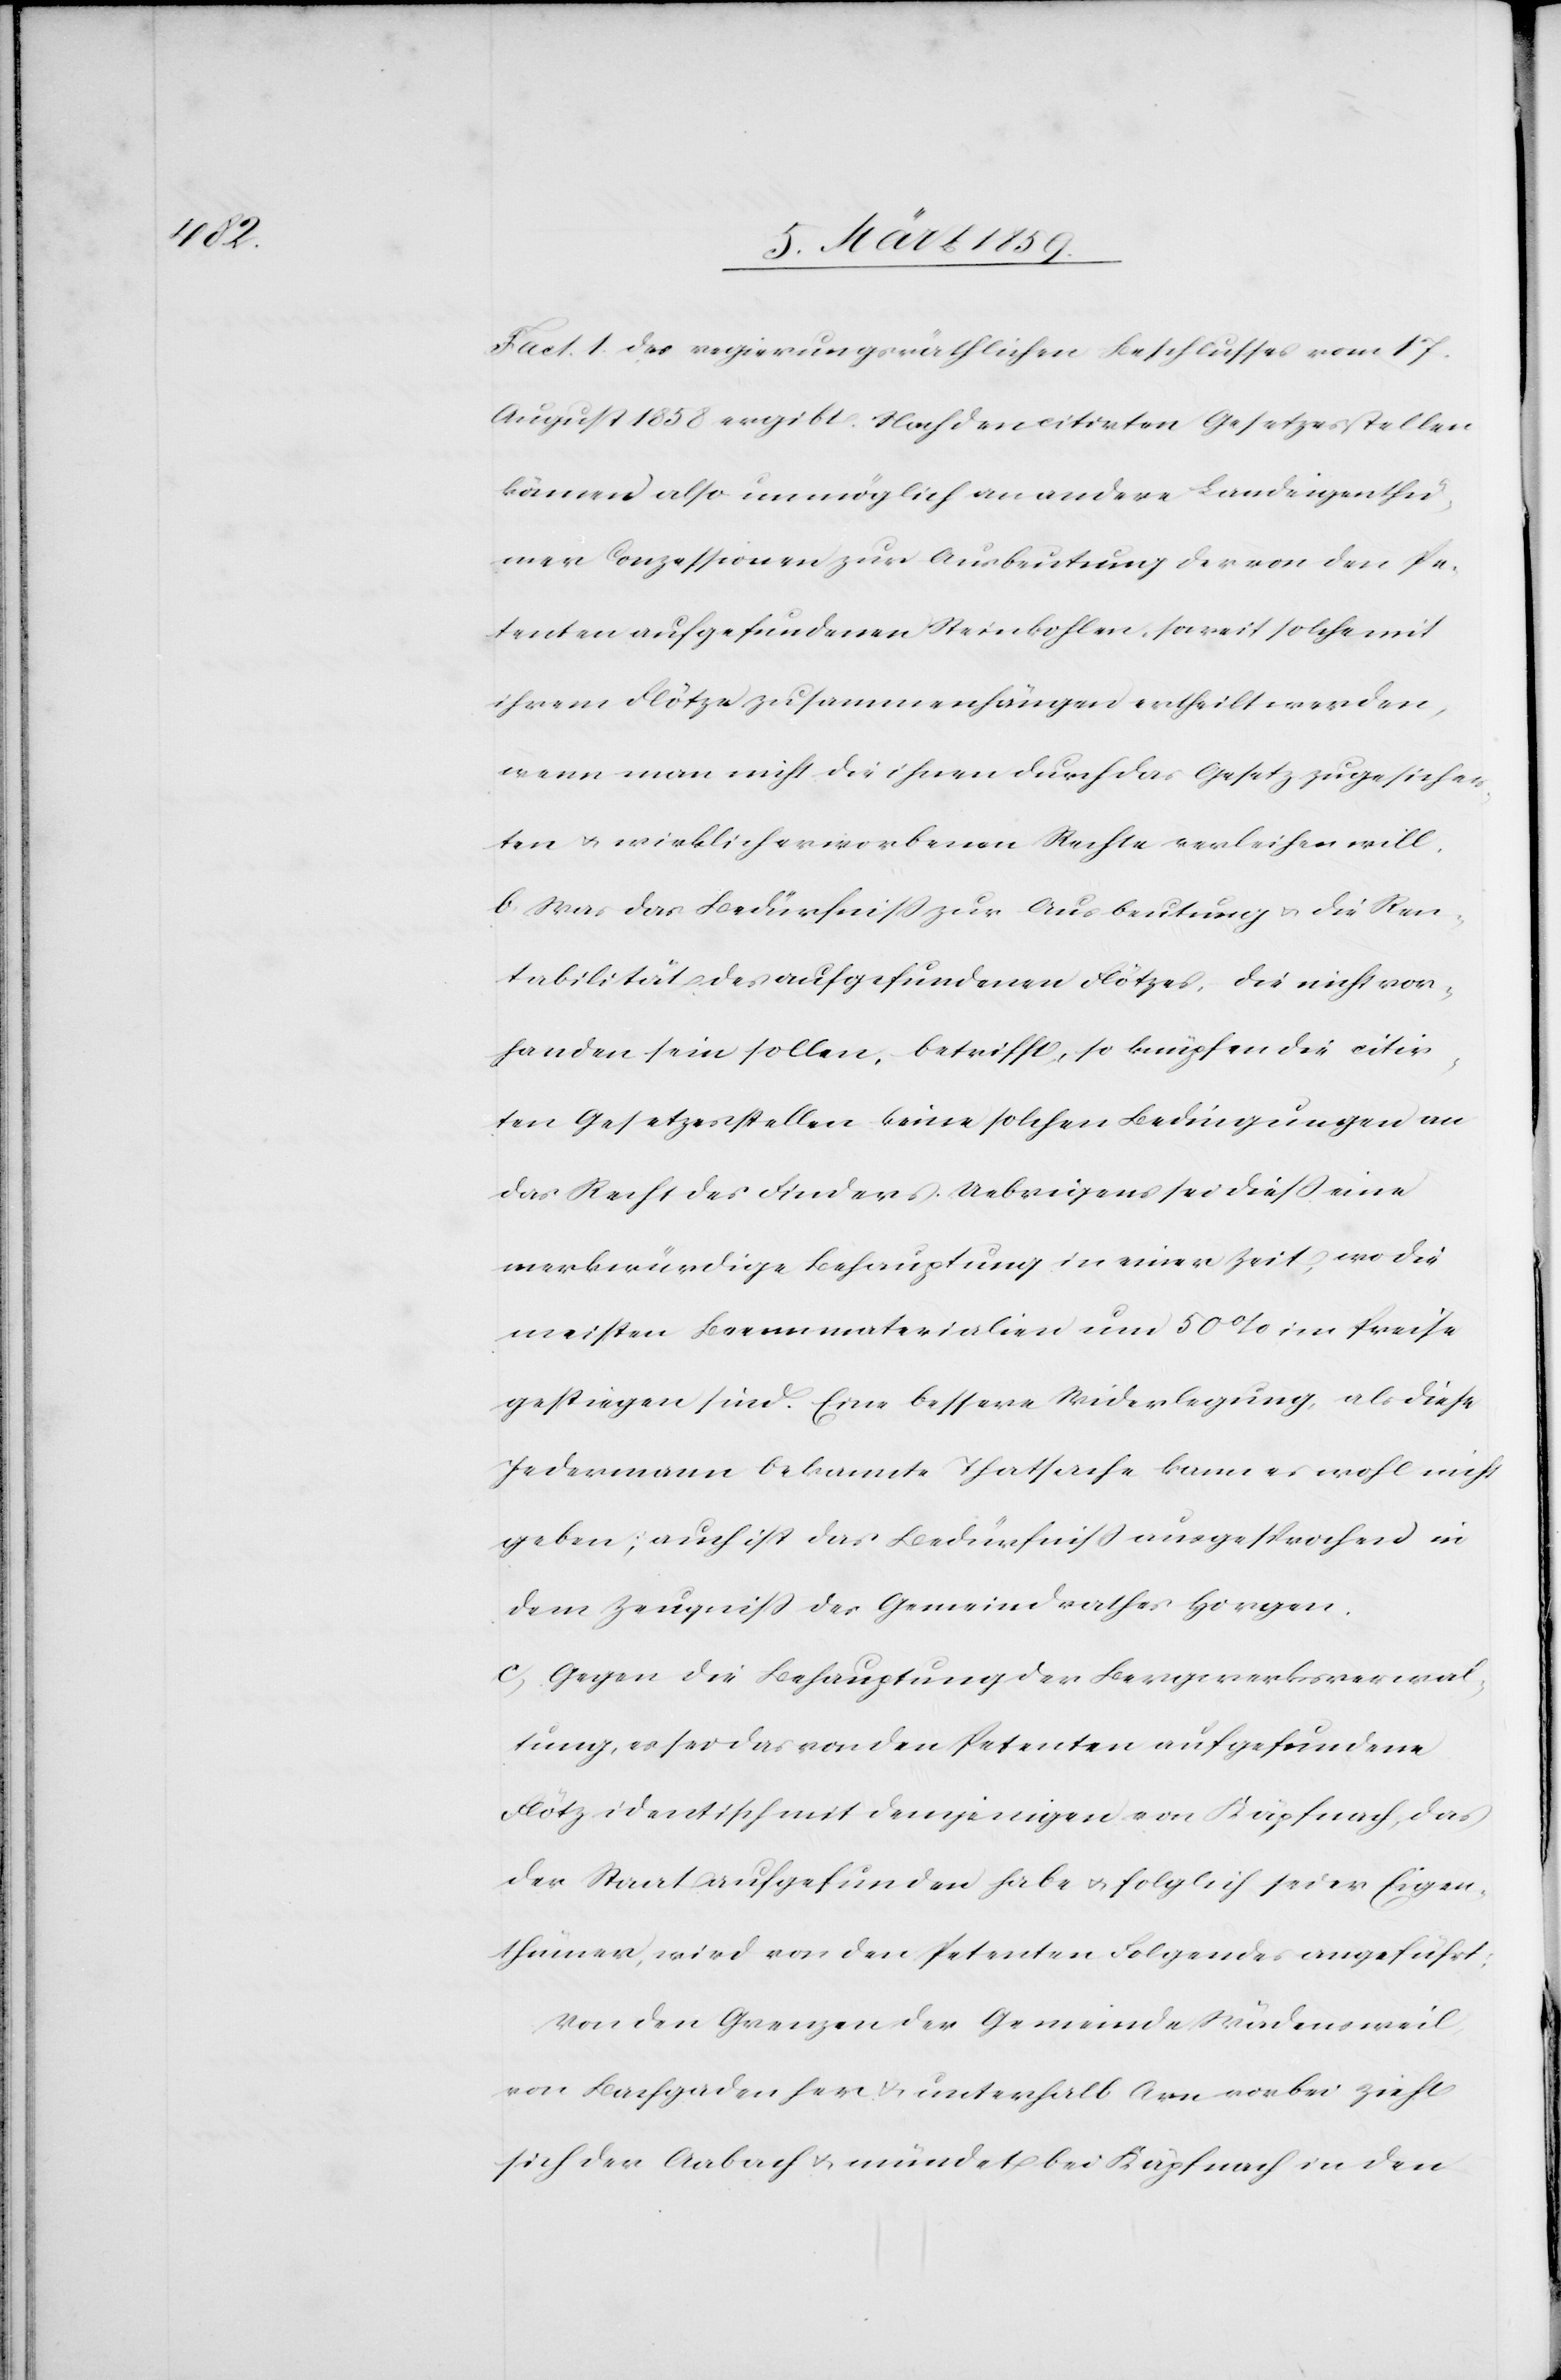
Fact. 1. des regierungsräthlichen Beschlusses vom 17.
August 1858 ergibt. Nach den citirten Gesetzesstellen
können also unmöglich an andere Landeigenthü¬
mer Conzessionen zur Ausbeutung der von den Pe¬
tenten aufgefundenen Steinkohlen, soweit solche mit
ihrem Flötze zusammenhängen ertheilt werden,
wenn man nicht die ihnen durch das Gesetz zugesicher¬
ten u. wirklich erworbenen Rechte verleihen will.
b) Was das Bedürfniß zur Ausbeutung u. die Ren¬
tabilität des aufgefundenen Flötzes, die nicht vor¬
handen sein sollen, betrifft, so knüpfen die citir¬
ten Gesetzesstellen keine solchen Bedingungen an
das Recht des Finders. Uebrigens sei dieß eine
merkwürdige Behauptung in einer Zeit, wo die
meisten Brennmaterialien um 50 % im Preise
gestiegen sind. Eine bessere Widerlegung, als diese
Jedermann bekannte Thatsache kann es wohl nicht
geben; auch ist das Bedürfniß ausgesprochen in
dem Zeugniß des Gemeindrathes Horgen.
c) Gegen die Behauptung der Bergwerksverwal¬
tung, es sei das von den Petenten aufgefundene
Flötz identisch mit demjenigen von Käpfnach, das
der Staat aufgefunden habe u. folglich sei er Eigen¬
thümer, wird von den Petenten Folgendes angeführt:
Von den Grenzen der Gemeinde Wädensweil,
von Bachgaden her u. unterhalb Arn vorbei zieht
sich der Aabach u. mündet bei Käpfnach in den